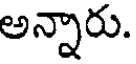
అన్నారు.